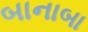
બાનાબા